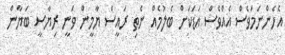
އެހެންނަމަވެސް އެއްވެސް އަޑަކަށް ބެލުމެއް ނެތި ރައީސް ޔާމީން ވަނީ ރިޔާސީ ބަޔާން